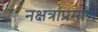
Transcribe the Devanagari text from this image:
नक्षत्रांप्रमाणे